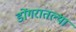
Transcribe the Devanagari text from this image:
डोंगरातल्या